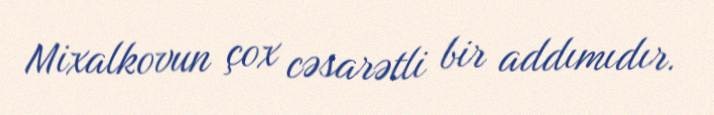
Mixalkovun çox cəsarətli bir addımıdır.